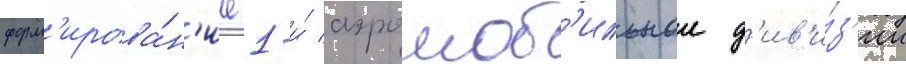
форм'ирова́н'ие 1-и́ аэромоб'ильнои д'ив'и́з'ии